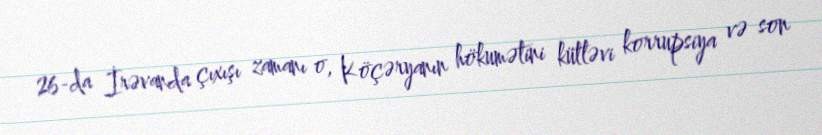
26-da İrəvanda çıxışı zamanı o, Köçəryanın hökumətini kütləvi korrupsiya və son